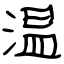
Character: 温